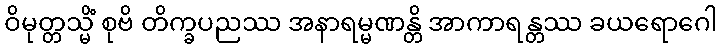
ဝိမုတ္တသ္မိံ စုဗိ တိက္ခပညဿ အနာရမ္မဏန္တိ အာကာရန္တဿ ခယရောဂေါ